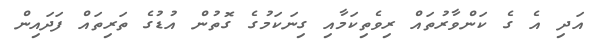
އަދި އެ ގެ ކަންވާރުތައް ރިވެތިކަމާއި ގިނަކަމުގެ ގޮތުން އުޑުގެ ތަރިތައް ފަދައިން